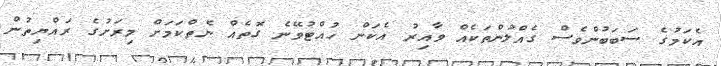
އެކަމުގެ ސަބަބުންވެސް ގެއްލުންތަކެއް ވާއިރު އެކަން ހުއްޓުވޭނެ ގޮތެއް ނެތްކަމަށް މިރަށުގެ ރައްޔިތުން